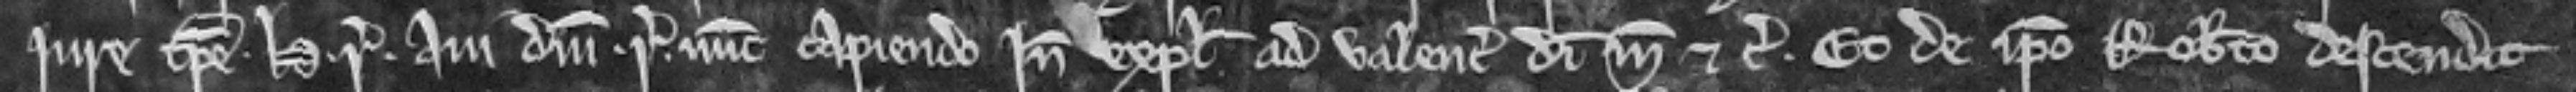
jure tempore Henrici regis avi domini regis nunc capiendo inde explecia ad valenciam dimidie marce etc. Et de ipso Roberto descendit jus